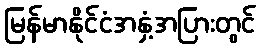
မြန်မာနိုင်ငံအနှံ့အပြားတွင်